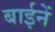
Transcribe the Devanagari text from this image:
बाईनें